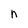
Character: n